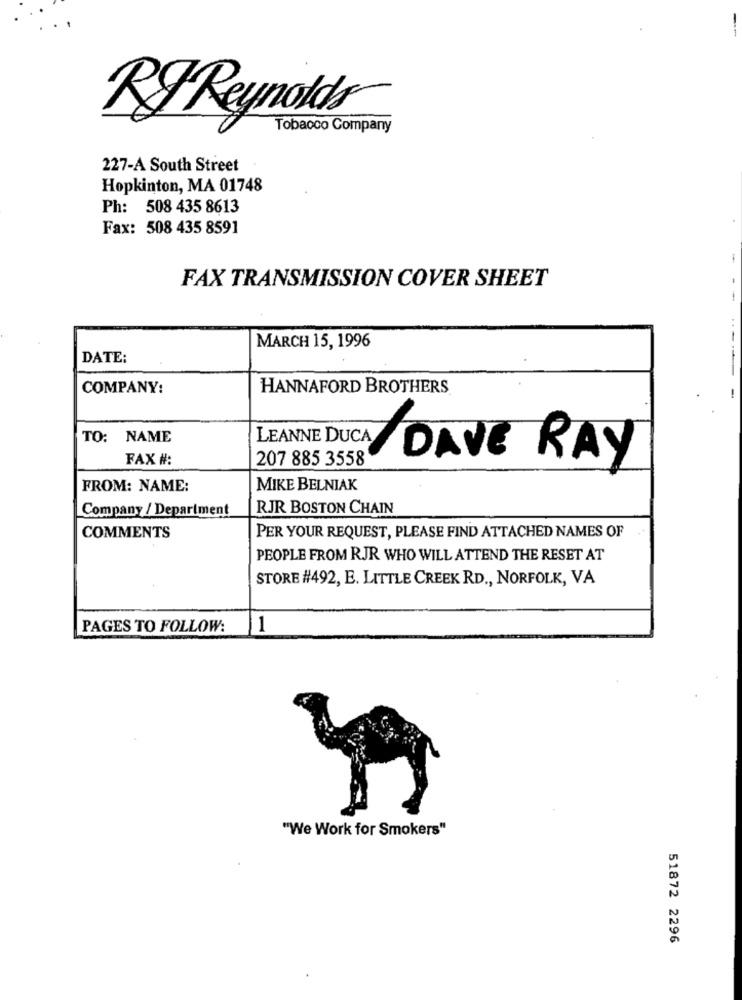
RF Reynolds
Tobacco Company
227-A South Street
Hopkinton, MA 01748
Ph: 508 435 8613
Fax: 508 435 8591
1
FAX TRANSMISSION COVER SHEET
1
MARCH 15, 1996
DATE:
COMPANY:
HANNAFORD BROTHERS
TO: NAME
FAX #:
207 885 3558
LEANNE DUCA DAVE RAY
FROM: NAME:
MIKE BELNIAK
Company / Department
RJR BOSTON CHAIN
COMMENTS
PER YOUR REQUEST, PLEASE FIND ATTACHED NAMES OF
PEOPLE FROM RJR WHO WILL ATTEND THE RESET AT
STORE #492, E. LITTLE CREEK RD ., NORFOLK, VA
PAGES TO FOLLOW:
1
"We Work for Smokers"
51872 2296